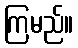
ကြမည်။